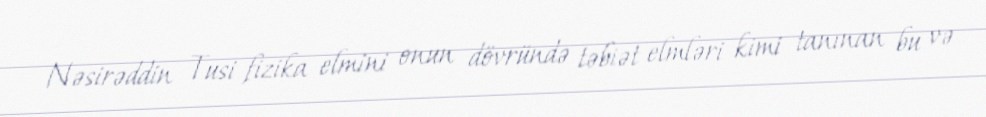
Nəsirəddin Tusi fizika elmini onun dövründə təbiət elmləri kimi tanınan bu və